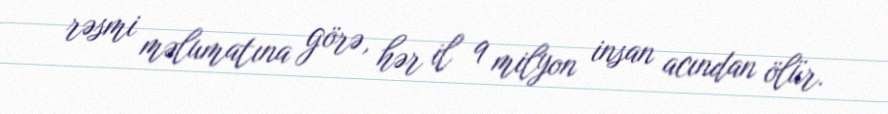
rəsmi məlumatına görə, hər il 9 milyon insan acından ölür.